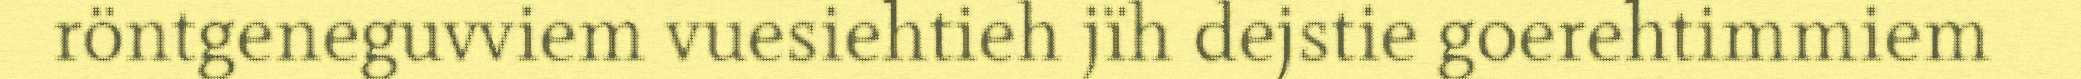
röntgeneguvviem vuesiehtieh jïh dejstie goerehtimmiem